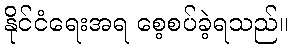
နိုင်ငံရေးအရ စေ့စပ်ခဲ့ရသည်။